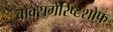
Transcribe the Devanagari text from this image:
वोक्सगेरिष्टशोफ़